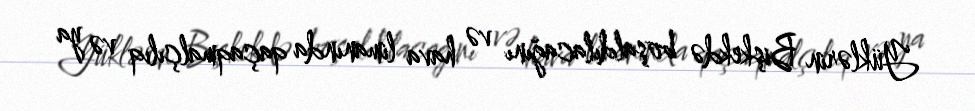
Yüklərin Bişkekdə boşaldılacağını və hava limanında qaçaqmalçılıq və ya